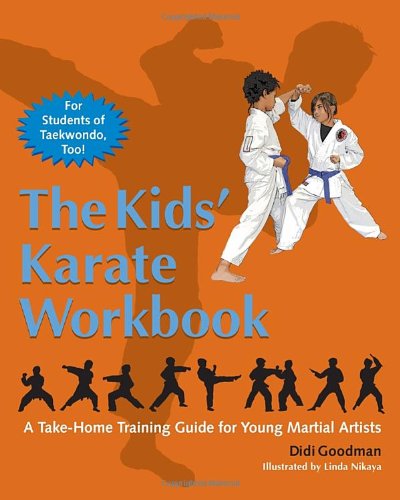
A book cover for The Kids' Karate Workbook: A Take-Home Training Guide for Young Martial Artists; Didi Goodman; Children's Books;